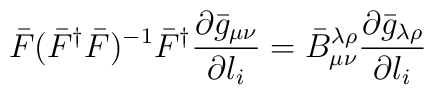
\bar{F}(\bar{F}^{\dag}\bar{F})^{-1} \bar{F}^{\dag} \frac{\partial\bar{g}_{\mu \nu}}{\partial l_{i}}= \bar{B}^{\lambda\rho}_{\mu\nu}\frac{\partial \bar{g}_{\lambda \rho}}{\partial l_{i}}